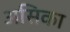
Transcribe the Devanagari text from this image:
असिका